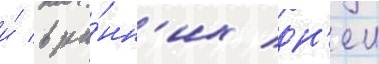
и́ в ра́нн'их дн'еи